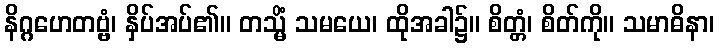
နိဂ္ဂဟေတဗ္ဗံ၊ နှိပ်အပ်၏။ တသ္မိံ သမယေ၊ ထိုအခါ၌။ စိတ္တံ၊ စိတ်ကို။ သမာဓိနာ၊